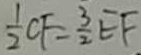
\frac { 1 } { 2 } C F = \frac { 3 } { 2 } E F